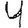
Digit: 4